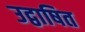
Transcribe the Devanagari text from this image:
उद्वाषित